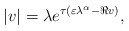
\begin{align*} |v| = \lambda e^{\tau(\varepsilon\lambda^\alpha - \Re v)}, \end{align*}